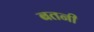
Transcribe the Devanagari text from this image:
बतनी